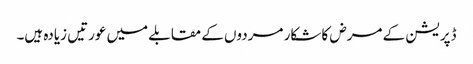
ڈپریشن کے مرض کا شکار مردوں کے مقابلے میں عورتیں زیادہ ہیں۔